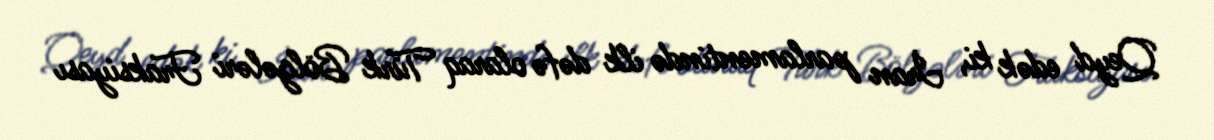
Qeyd edək ki, İran parlamentində ilk dəfə olaraq Türk Bölgələri Fraksiyası